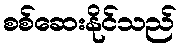
စစ်ဆေးနိုင်သည်